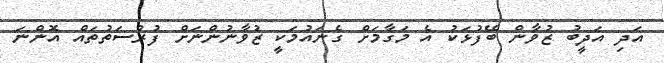
އަދި އަދީބު ޒުވާން ބޭފުޅަކު އެ މަގާމަށް ގެނައުމަކީ ޒުވާނުންނަށް ފުރުސަތުތައް އޮންނަ